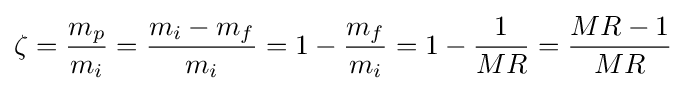
\zeta ={\frac {m_{p}}{m_{i}}}={\frac {m_{i}-m_{f}}{m_{i}}}=1-{\frac {m_{f}}{m_{i}}}=1-{\frac {1}{MR}}={\frac {MR-1}{MR}}